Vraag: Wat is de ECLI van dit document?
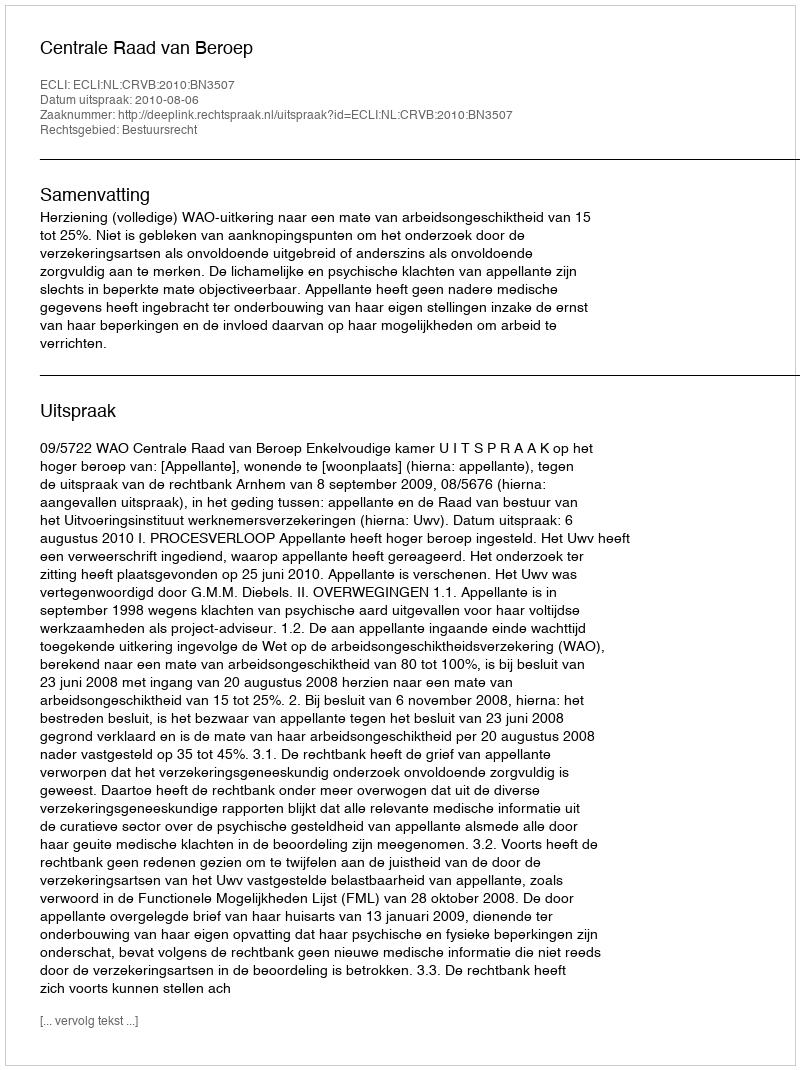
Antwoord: ECLI:NL:CRVB:2010:BN3507